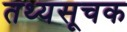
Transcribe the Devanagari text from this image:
तथ्यसूचक